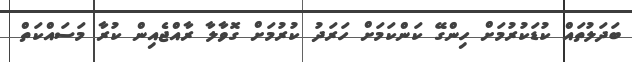
ބަދަލުތައް ކުޑަކުރުމަށް ހިންގޭ ކަންކަމަށް ހަރަދު ކުރުމަށް ގޮވާލާ ރާއްޖެއިން ކުރާ މަސައްކަތް